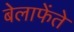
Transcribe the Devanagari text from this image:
बेलाफेंते